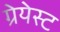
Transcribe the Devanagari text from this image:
ग्रेयेस्ट